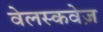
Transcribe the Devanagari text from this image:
वेलस्कवेज़